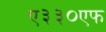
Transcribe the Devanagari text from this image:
ए३३०एफ